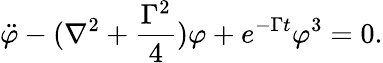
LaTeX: \ddot{\varphi}-(\nabla^{2}+\frac{\Gamma^{2}}{4})\varphi+e^{-\Gamma t}\varphi^{3}=0.